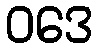
ဝဒေ